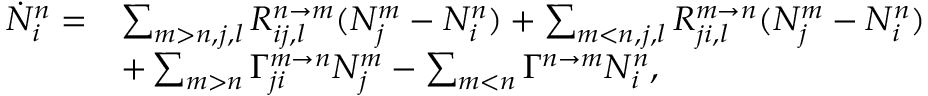
\begin{array} { r l } { \dot { N } _ { i } ^ { n } = } & { \sum _ { m > n , j , l } R _ { i j , l } ^ { n \rightarrow m } ( N _ { j } ^ { m } - N _ { i } ^ { n } ) + \sum _ { m < n , j , l } R _ { j i , l } ^ { m \rightarrow n } ( N _ { j } ^ { m } - N _ { i } ^ { n } ) } \\ & { + \sum _ { m > n } \Gamma _ { j i } ^ { m \rightarrow n } N _ { j } ^ { m } - \sum _ { m < n } \Gamma ^ { n \rightarrow m } N _ { i } ^ { n } , } \end{array}